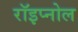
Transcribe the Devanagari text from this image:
रॉइप्नोल